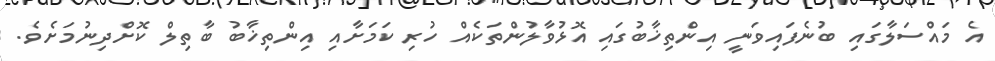
އެ މައްސަލާގައި ބުނެފައިވަނީ އިންތިޚާބުގައި އޮޅުވާލުންތަކެއް ހުރި ކަމަށާއި އިންތިޚާބު ބާތިލް ކޮށްދިނުމަށެވެ.